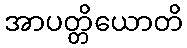
အာပတ္တိယောတိ